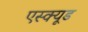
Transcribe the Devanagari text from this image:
एस्क्यूड